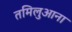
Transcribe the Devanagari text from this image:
तमिलुआना